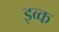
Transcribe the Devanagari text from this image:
इव्क